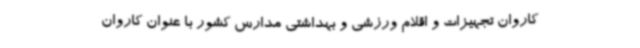
کاروان تجهیزات و اقلام ورزشی و بهداشتی مدارس کشور با عنوان کاروان